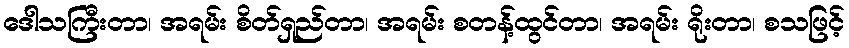
ဒေါသကြီးတာ၊ အရမ်း စိတ်ရှည်တာ၊ အရမ်း စတန့်ထွင်တာ၊ အရမ်း ရိုးတာ၊ စသဖြင့်